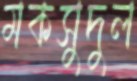
মকসুদুল